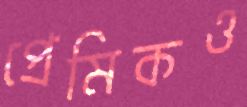
প্রেমিকও